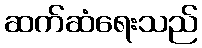
ဆက်ဆံရေးသည်